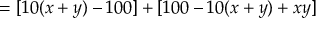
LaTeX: \, = [ 1 0 ( x + y ) - 1 0 0 ] + [ 1 0 0 - 1 0 ( x + y ) + x y ]